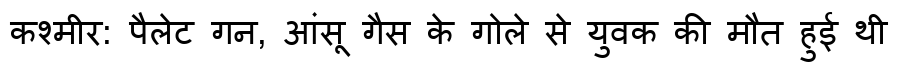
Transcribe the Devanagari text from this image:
कश्मीर: पैलेट गन, आंसू गैस के गोले से युवक की मौत हुई थी